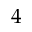
4